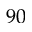
9 0